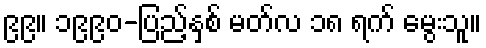
၉၉။ ၁၉၉၀-ပြည့်နှစ် မတ်လ ၁၈ ရက် မွေးသူ။